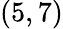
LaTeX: (5,7)